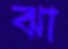
ঝা